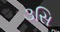
૩સિ